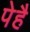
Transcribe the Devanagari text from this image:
पेहै